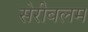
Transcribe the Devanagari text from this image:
सेरीबलम